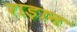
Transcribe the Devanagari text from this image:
राड़ान